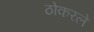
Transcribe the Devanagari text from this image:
ठोकरले